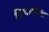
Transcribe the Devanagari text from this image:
डियावोला